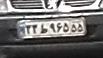
۳۳ط۹۶۵۵۵